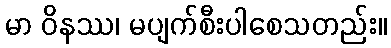
မာ ဝိနဿ၊ မပျက်စီးပါစေသတည်း။